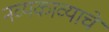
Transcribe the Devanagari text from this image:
नव्यकाव्याचे